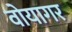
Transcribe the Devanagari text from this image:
वोयागर